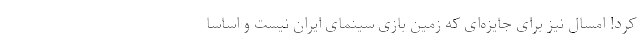
کرد! امسال نیز برای جایزه‌ای که زمین بازی سینمای ایران نیست و اساساً